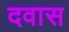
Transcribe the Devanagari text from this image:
दवास